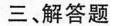
三、解答题